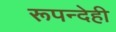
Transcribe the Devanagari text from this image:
रूपन्देही